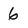
Character: 6